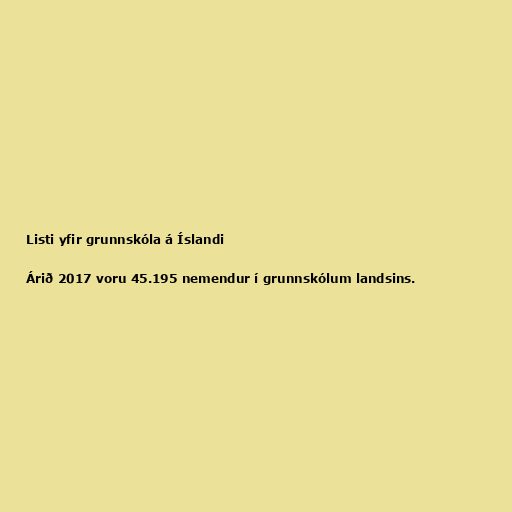
Listi yfir grunnskóla á Íslandi

Árið 2017 voru 45.195 nemendur í grunnskólum landsins.